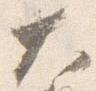
大